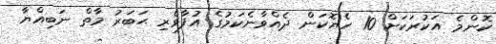
ކޮންމެ އަކުރަކަށް 10 ހެޔޮކަން ދެއްވާނެކަމުގެ އުފާވެރި ޙަބަރު މާތް ނަބިއްޔާ